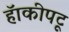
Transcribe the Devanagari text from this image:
हॅाकीपटू